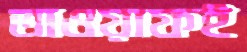
তাওয়াফই